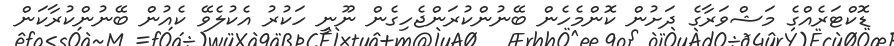
ޑޮކްޓަރެއްގެ މަޝްވަރާގެ ދަށުން ކޮންމެހެން ބޭނުންކުރަންޖެހިގެން ނޫނީ ހަކުރު އެކުލެވޭ ކެއުން ބޭނުންކުރާކަން